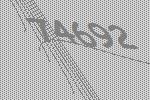
74692